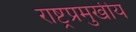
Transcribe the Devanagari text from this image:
राष्ट्रप्रमुखीय